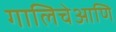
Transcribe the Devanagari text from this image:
गालिचेआणि